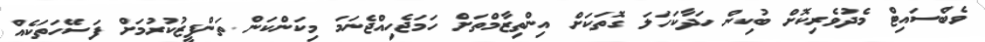
ވެބްސައިޓް މެދުވެރިކޮށް ބުކިން ހަދާކަހަލަ ގޮތަކަށް އިންތިޒާމްތަށް ހަމަޖެހިއްޖެނަމަ މިކަންކަން ތަންފީޒުކުރުމަށް ފަސޭހަތަކެއް